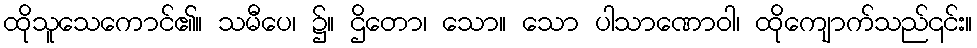
ထိုသူသေကောင်၏။ သမီပေ၊ ၌။ ဌိတော၊ သော။ သော ပါသာဏောဝါ၊ ထိုကျောက်သည်၎င်း။